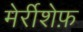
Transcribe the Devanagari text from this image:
मेर्रीशेफ़